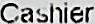
CASHIER